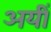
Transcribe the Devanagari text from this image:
अयीं